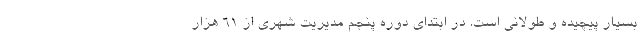
بسیار پیچیده و طولانی است. در ابتدای دوره پنجم مدیریت شهری از ۶۱ هزار